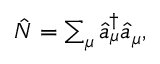
\begin{array} { r } { \hat { N } = \sum _ { \mu } \hat { a } _ { \mu } ^ { \dagger } \hat { a } _ { \mu } , } \end{array}